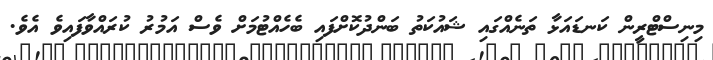
މިނިސްޓްރީން ކަނޑައަޅާ ތަނެއްގައި ޝައުކަތު ބަންދުކޮށްފައި ބެހެއްޓުމަށް ވެސް އަމުރު ކުރައްވާފައިވެ އެވެ.